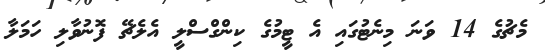
މެޗުގެ 14 ވަނަ މިނެޓުގައި އެ ޓީމުގެ ކިންގްސްލީ އެލެޗޭ ފޮނުވާލި ހަމަލާ